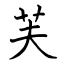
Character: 芙